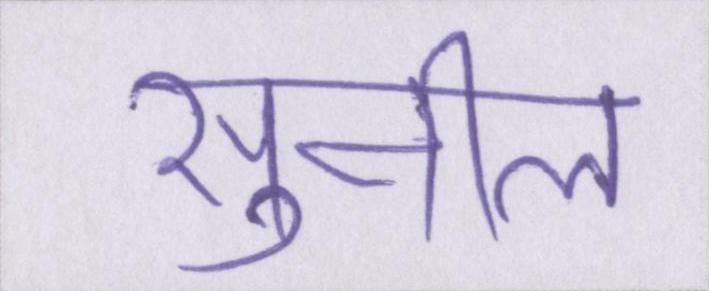
सुनील